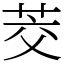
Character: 茭